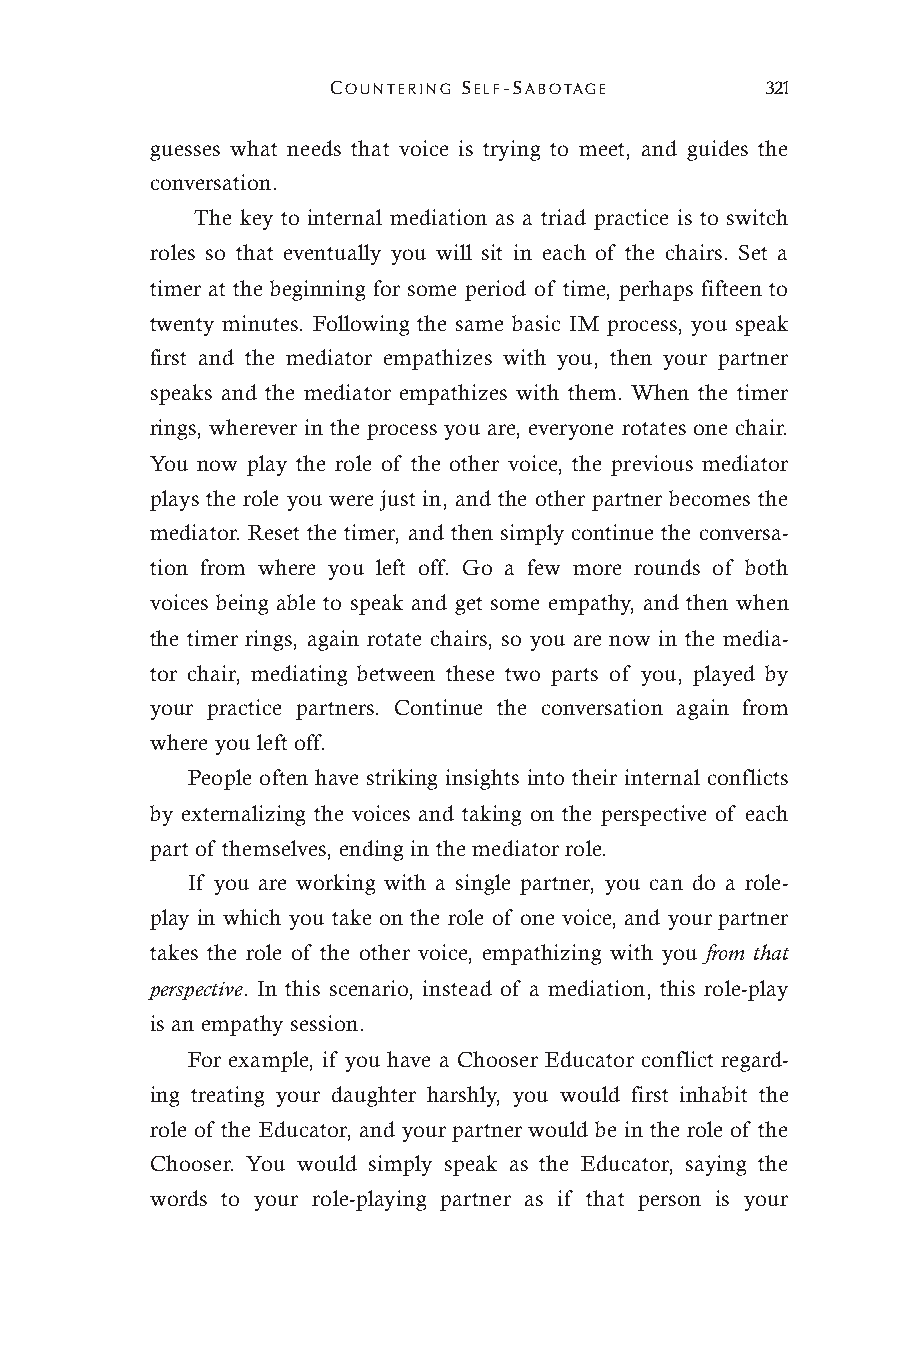
COUNTERING SELF-SABOTAGE     321
 guesses what needs that voice is trying to meet, and guides the
 conversation.
 The key to internal mediation as a triad practice is to switch
 roles so that eventually you will sit in each of the chairs. Set a
 timer at the beginning for some period of time, perhaps fifteen to
 twenty minutes. Following the same basic IM process, you speak
 first and the mediator empathizes with you, then your partner
 speaks and the mediator empathizes with them. When the timer
 rings, wherever in the process you are, everyone rotates one chair.
 You now play the role of the other voice, the previous mediator
 plays the role you were just in, and the other partner becomes the
 mediator. Reset the timer, and then simply continue the conversa-
 tion from where you left off. Go a few more rounds of both
 voices being able to speak and get some empathy, and then when
 the timer rings, again rotate chairs, so you are now in the media-
 tor chair, mediating between these two parts of you, played by
 your practice partners. Continue the conversation again from
 where you left off.
 People often have striking insights into their internal conflicts
 by externalizing the voices and taking on the perspective of each
 part of themselves, ending in the mediator role.
 If you are working with a single partner, you can do a role-
 play in which you take on the role of one voice, and your partner
 takes the role of the other voice, empathizing with you from that
 perspective. In this scenario, instead of a mediation, this role-play
 is an empathy session.
 For example, if you have a Chooser Educator conflict regard-
 ing treating your daughter harshly, you would first inhabit the
 role of the Educator, and your partner would be in the role of the
 Chooser. You would simply speak as the Educator, saying the
 words to your role-playing partner as if that person is your